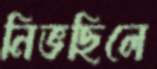
নিভছিলে